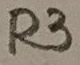
Text: R3